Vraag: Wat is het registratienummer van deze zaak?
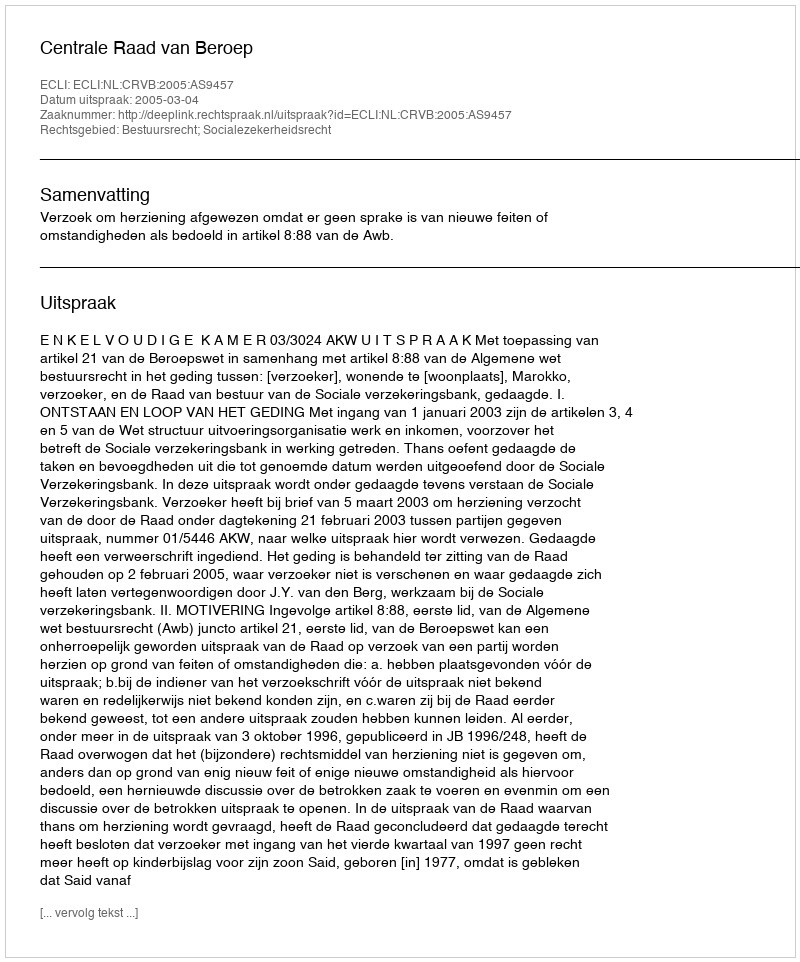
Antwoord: http://deeplink.rechtspraak.nl/uitspraak?id=ECLI:NL:CRVB:2005:AS9457